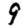
Digit: 9